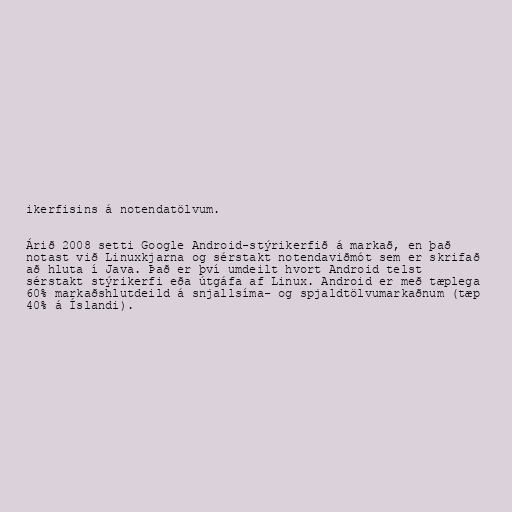
ikerfisins á notendatölvum.

Árið 2008 setti Google Android-stýrikerfið á markað, en það
notast við Linuxkjarna og sérstakt notendaviðmót sem er skrifað
að hluta í Java. Það er því umdeilt hvort Android telst
sérstakt stýrikerfi eða útgáfa af Linux. Android er með tæplega
60% markaðshlutdeild á snjallsíma- og spjaldtölvumarkaðnum (tæp
40% á Íslandi).